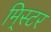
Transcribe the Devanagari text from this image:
मि्स्टर